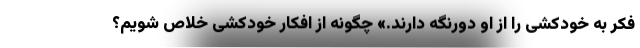
فکر به خودکشی را از او دورنگه دارند.» چگونه از افکار خودکشی خلاص شویم؟